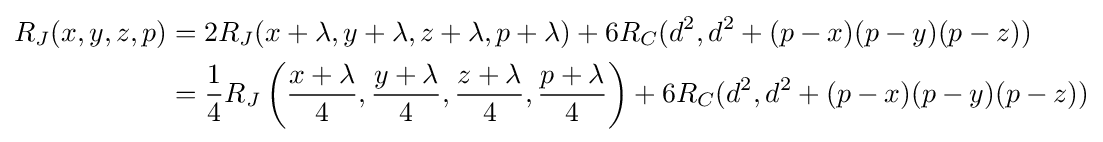
{\begin{aligned}R_{J}(x,y,z,p)&=2R_{J}(x+\lambda ,y+\lambda ,z+\lambda ,p+\lambda )+6R_{C}(d^{2},d^{2}+(p-x)(p-y)(p-z))\\&={\frac {1}{4}}R_{J}\left({\frac {x+\lambda }{4}},{\frac {y+\lambda }{4}},{\frac {z+\lambda }{4}},{\frac {p+\lambda }{4}}\right)+6R_{C}(d^{2},d^{2}+(p-x)(p-y)(p-z))\end{aligned}}